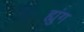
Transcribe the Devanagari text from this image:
ह्युंग